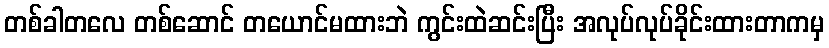
တစ်ခါတလေ တစ်ဆောင် တယောင်မထားဘဲ ကွင်းထဲဆင်းပြီး အလုပ်လုပ်ခိုင်းထားတာကမှ